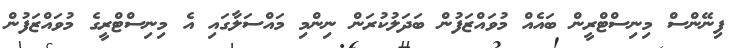
ފިނޭންސް މިނިސްޓްރީން ބައެއް މުވައްޒަފުން ބަދަލުކުރަން ނިންމި މައްސަލާގައި އެ މިނިސްޓްރީގެ މުވައްޒަފުން